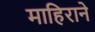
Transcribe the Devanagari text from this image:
माहिराने